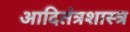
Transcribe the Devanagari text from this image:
आदितंत्रशास्त्र